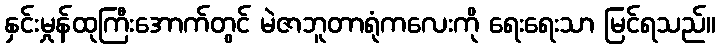
နှင်းမှုန်ထုကြီးအောက်တွင် မဲဇာဘူတာရုံကလေးကို ရေးရေးသာ မြင်ရသည်။